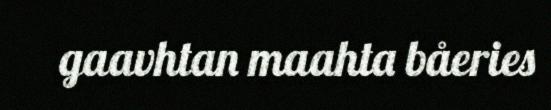
gaavhtan maahta båeries